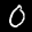
Label: 0